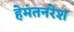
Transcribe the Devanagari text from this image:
हेमंतनरेश